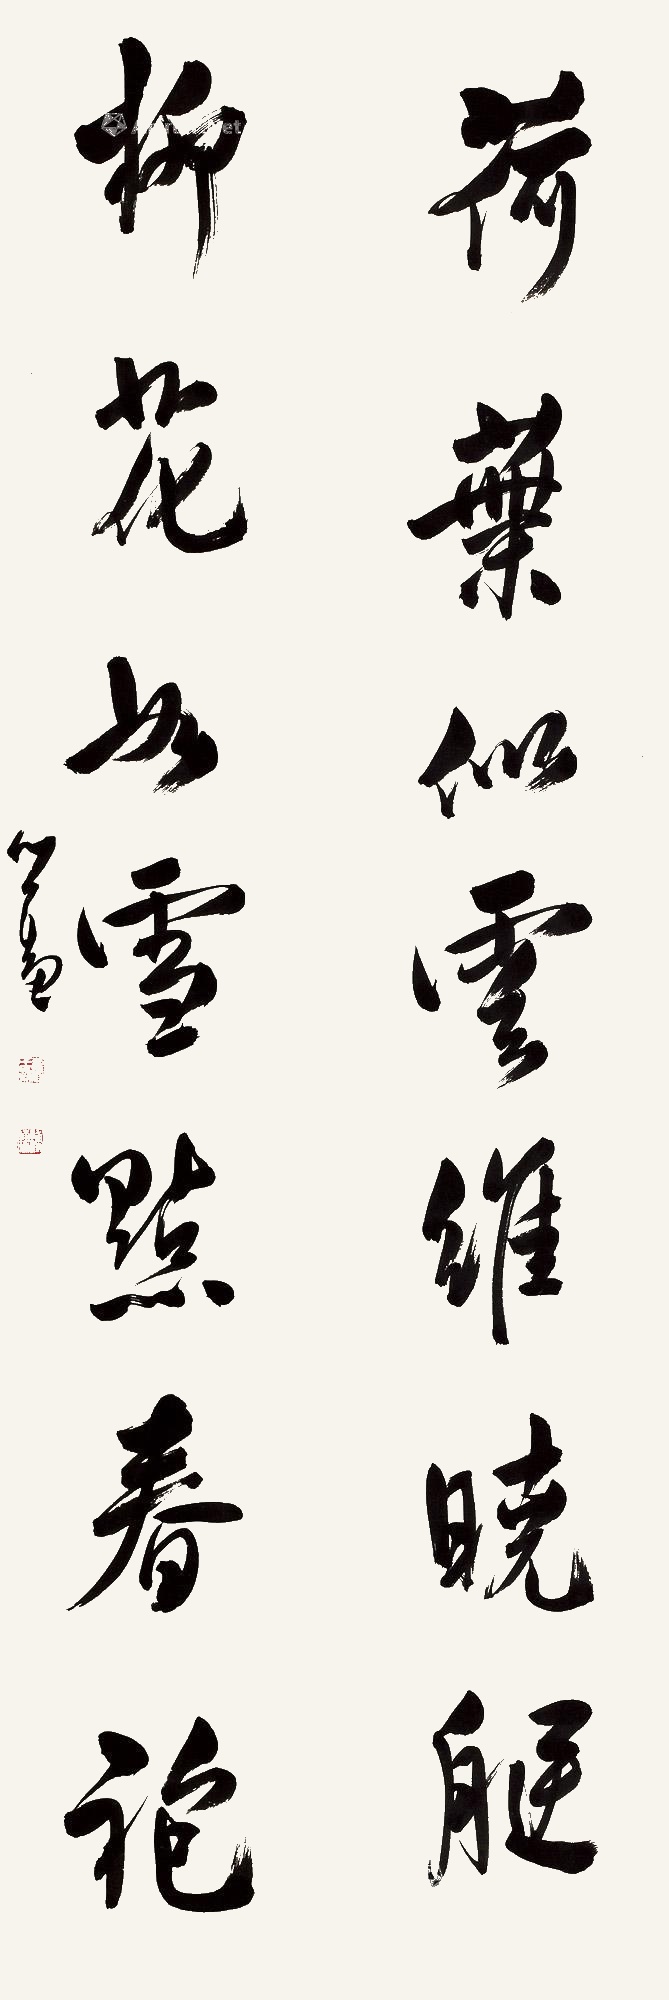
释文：荷叶似云维晓艇,柳花如絮点春袍。心畬。